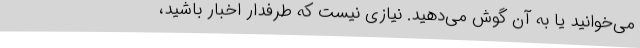
می‌خوانید یا به آن گوش می‌دهید. نیازی نیست که طرفدار اخبار باشید،